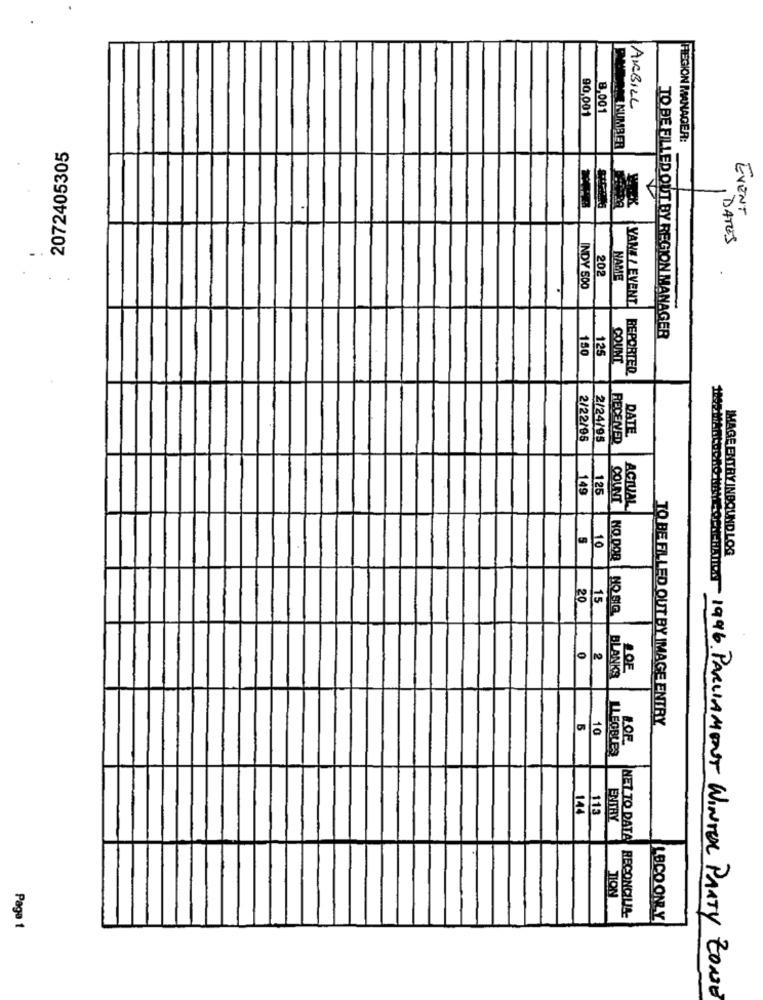
AMBILL
8,001
90,001
REGION MANAGER:
2072405305
MME NUMBER
EVENT
, DATES
202
NAME
INDY 500
YANE / EVENT
TO BE FILLED OUT BY REGION MANAGER
150
125
COUNT
BEPORTED
DATE
2/22/95
2/24/95
RECEIVED
149
125
COUNT
ACTUAL
10
NO DOR
IMAGE ENTRY INBOUND LOG
20
15
MO BL3
LOE
BLANKS
TO BE FILED OUT BY IMAGE ENTRY
5
10
LOF
LLEGBLES
144
113
ENTRY
TION
MET TO DATA RECONCILIA:
LBCO ONLY
Paga 1
HISPANI SMOONG HANGOPHTHAL 1996. PARLIAMENT WINTER PARTY ZONE